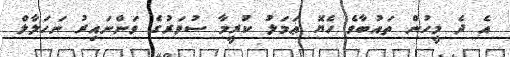
އެ ދެ މީހުން ތައުބާވެ ހެޔޮ ޢަމަލު ކުރީމާ ސުވަރުގެ ވަންނައިރު ނަހަލާލް